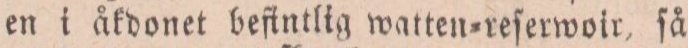
en i åkdonet beſintlig watten=reſerwoir, ſå